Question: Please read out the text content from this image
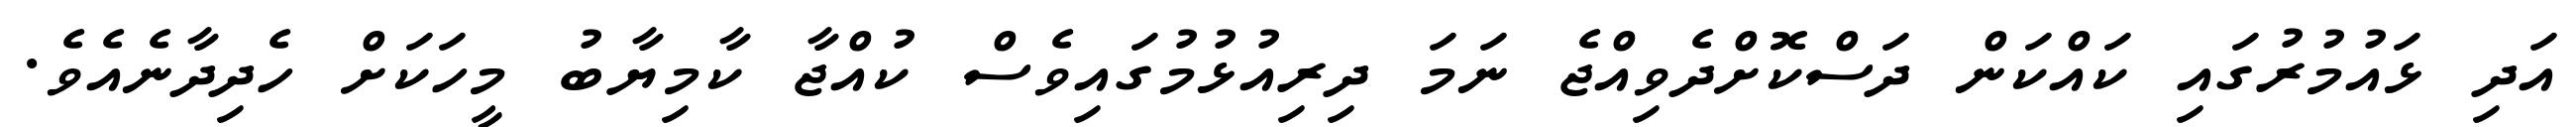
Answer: އަދި ޅައުމުރުގައި ކައްކަން ދަސްކޮށްދެވިއްޖެ ނަމަ ދިރިއުޅުމުގައިވެސް ކުއްޖާ ކާމިޔާބު މީހަކަށް ހެދިދާނެއެވެ.